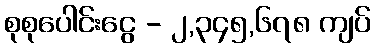
စုစုပေါင်းငွေ - ၂,၃၄၅,၆၇၈ ကျပ်